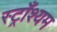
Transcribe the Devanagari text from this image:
स्ट्राँश्यम